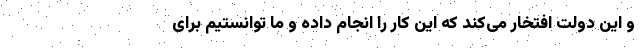
و این دولت افتخار می‌کند که این کار را انجام داده و ما توانستیم برای